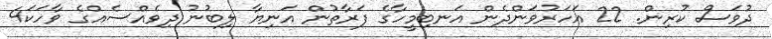
ދުވަސް ކުރިން. 22 އަހަރުވަންދެން އަނބިމީހާގެ ފަރާތުން އަނިޔާ ލިބުނު ދިވެއްސެއްގެ ވާހަކަ4